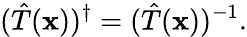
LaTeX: ({\hat{T}}(\mathbf{x}))^{\dagger}=({\hat{T}}(\mathbf{x}))^{-1}.